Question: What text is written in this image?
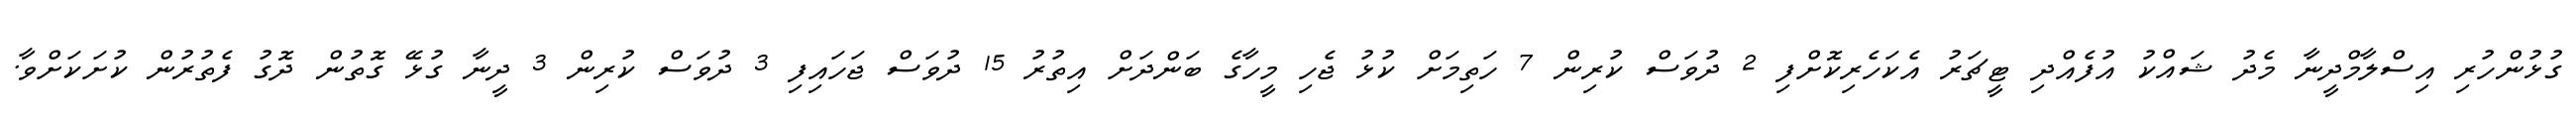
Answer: ގުޅުންހުރި އިސްލާމްދީނާ މެދު ޝައްކު އުފެއްދި ޓީޗަރު އެކަހެރިކޮށްފި 2 ދުވަސް ކުރިން 7 ހަތިމަށް ކުޅު ޖެހި މީހާގެ ބަންދަށް އިތުރު 15 ދުވަސް ޖަހައިފި 3 ދުވަސް ކުރިން 3 ދީނާ ގުޅޭ ގޮތުން ދޮގު ފެތުރުން ކުށަކަށްވާ.